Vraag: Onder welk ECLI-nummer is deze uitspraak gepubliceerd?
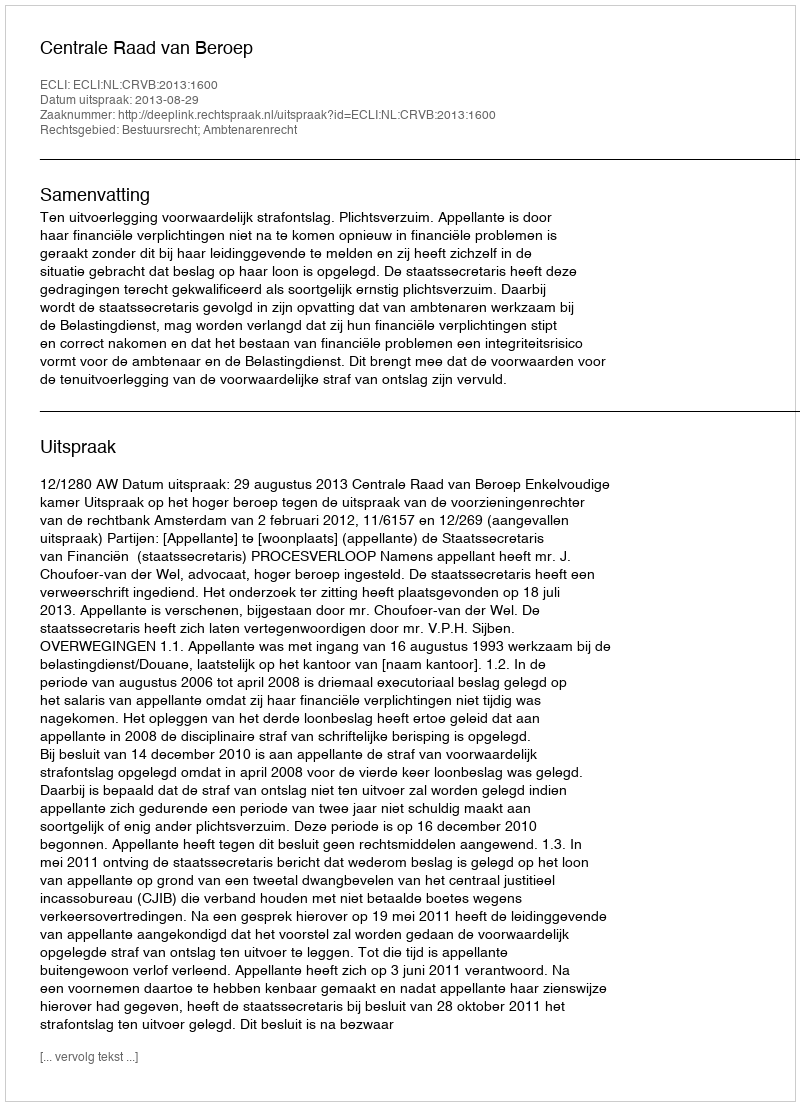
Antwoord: ECLI:NL:CRVB:2013:1600